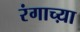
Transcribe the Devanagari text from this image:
रंगाच्य़ा